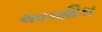
અવકાશિકા